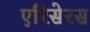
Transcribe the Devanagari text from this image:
एरिसेरस